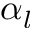
\alpha _ { l }